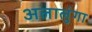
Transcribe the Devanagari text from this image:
अलालुंगा